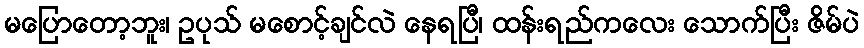
မပြောတော့ဘူး၊ ဥပုသ် မစောင့်ချင်လဲ နေရပြီ၊ ထန်းရည်ကလေး သောက်ပြီး ဇိမ်ပဲ